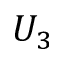
U _ { 3 }